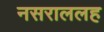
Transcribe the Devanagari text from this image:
नसराललह